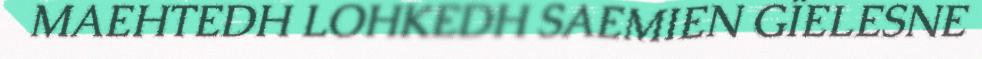
MAEHTEDH LOHKEDH SAEMIEN GÏELESNE